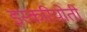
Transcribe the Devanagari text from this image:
इस्करियोती